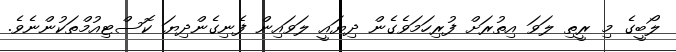
ލޯބީގެ މި ރީތި ލަވަ އިތުރަށް ފުރިހަމަވެގެން ދިޔައީ ލަވައިން ފެނިގެންދިޔަ ކޮސްޓިއުމްތަކުންނެވެ.